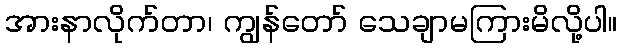
အားနာလိုက်တာ၊ ကျွန်တော် သေချာမကြားမိလို့ပါ။